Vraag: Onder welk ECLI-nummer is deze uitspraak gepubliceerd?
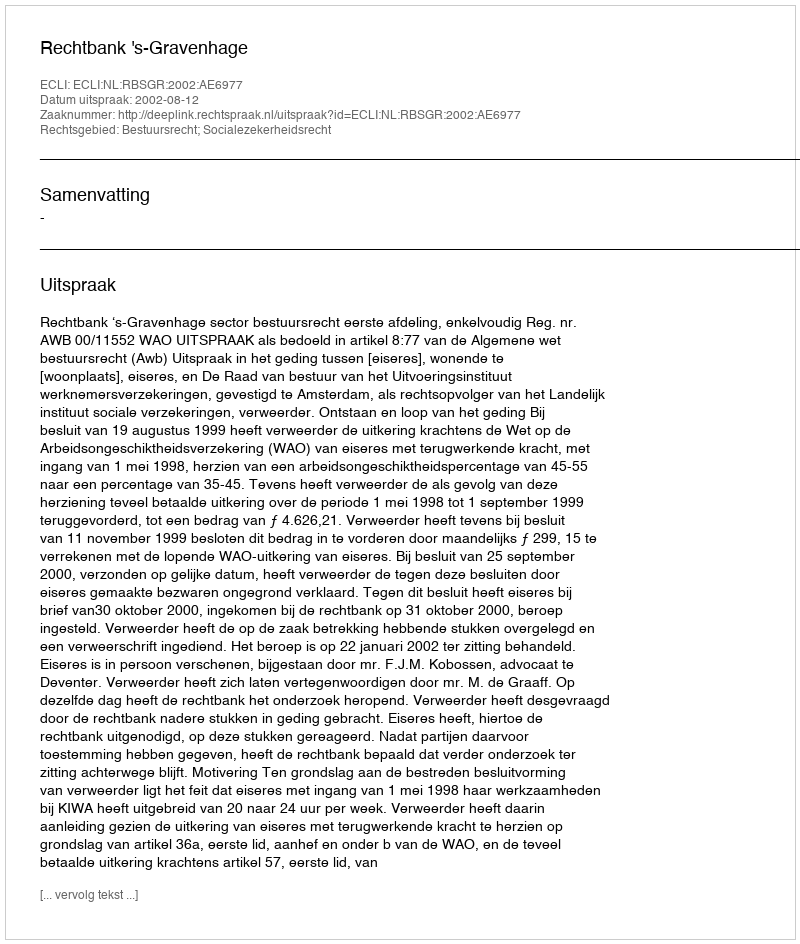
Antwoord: ECLI:NL:RBSGR:2002:AE6977